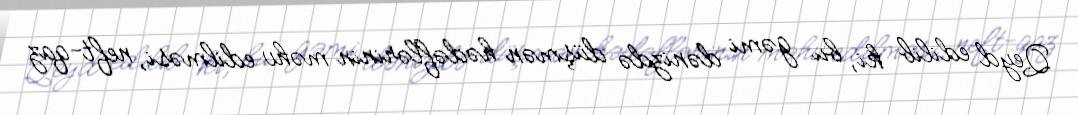
Qeyd edilib ki, bu gəmi dənizdə düşmən hədəflərinin məhv edilməsi, neft-qaz